Sketch of the medical history of the native army of Bombay, for the year
Year: 1875
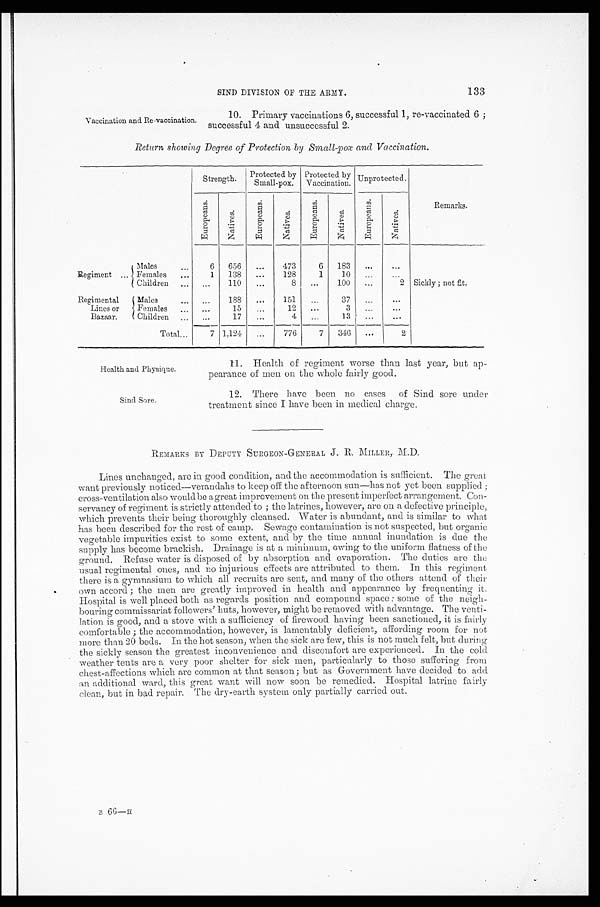
Health and Physique.
Sind Sore.
133
SIND DIVISION OF THE ARMY.
Vaccination and Re-vaccination.
10. Primary vaccinations 6, successful 1, re-vaccinated 6 ;
successful 4 and unsuccessful 2.
Return showing Degree of Protection by Small-pox and Vaccination.
Strength .
Protected by
Small-pox.
Protected by
Vaccination.
Unprotected
E u r o p e a n s .
N a t i v e s .
E u r o p e a n s .
N a t i v e s .
E u r o p e a n s .
N a t i v e s .
E u r o p e a n s .
N a t i v e s .
Remarks.
Males
Regiment
. . . F e m a l e s
Children
. . .
6
656
...
473
6
183
...
...
Sickly ; not fit.
. . .
1
138
...
128
1
10
...
. . .
. . .
. . .
110
...
8
...
100
...
2
Regimental
Males
Lines or
Females
Bazaar.
Children
...
...
188
...
151
...
37
...
...
... ...
15
. . .
12
...
3
... ... ... ...
17
...
4
...
13
...
...
Total...
7 1,124
...
776-
7
346
...
2
11. Health of regiment worse than last year, but ap-
pearance of men on the whole fairly good.
12. There have been no cases of Sind sore under
treatment since I have been in medical charge.
REMARKS BY DEPUTY SURGEON-GENERAL J. R.MILLER., M.D.
Lines unchanged, are in good condition, and the accommodation is sufficient. The great
want previously noticed—verandahs to keep off the afternoon sun—has not yet been supplied ;
cross-ventilation also wouldbe a great improvement on the present imperfect arrangement. Con-
servancy of regiment is strictly attended to ; the latrines, however, are on a defective principle,
which prevents their being thoroughly cleansed. Water is abundant, and is similar to what
has been described for the rest of camp. Sewage contamination. is not suspected, but organic
vegetable impurities exist to some extent, and by the time annual inundation is due the
supply has become brackish. Drainage is at a minimum, owing to the uniform flatness of the
ground. Refuse water is disposed of by absorption and evaporation. The duties are the
usual regimental ones, and no injurious effects are attributed to them. In this regiment
there is a gymnasium to which all recruits are sent, and many of the others attend of their
own accord ; the men arc greatly improved in health and appearance by frequenting it.
Hospital is well placed both as regards position and compound space : some of the neigh-
bouring commissariat followers' huts, however, might be removed with advantage. The venti-
lation is good, and a stove with a sufficiency of firewood having been sanctioned, it is fairly
comfortable ; the accommodation, however, is lamentably deficient, affording room for not
more than 20 beds. In the hot season, when the sick are few, this is not much felt, but during
the sickly season the greatest inconvenience and discomfort are experienced. In the cold
weather tents are a very poor shelter for sick men, particularly to those suffering from
chest-affections which are common at that season ; but as Government have decided to add
an additional ward, this great want will now soon be remedied. Hospital latrine fairly
clean, but in bad repair. The dry-earth system only- partially carried out.
B 6 6 — H